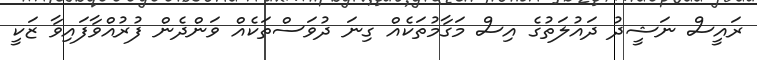
ރައީސް ނަޝީދު ދައުލަތުގެ އިސް މަގާމުތަކެއް ގިނަ ދުވަސްތަކެއް ވަންދެން ފުރުއްވާފައިވާ ޒަކީ